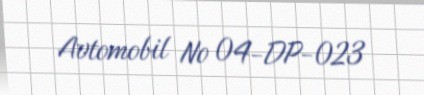
Avtomobil № 04-DP-023